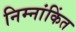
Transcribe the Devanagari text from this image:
निम्नांकिंत